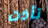
تأذت